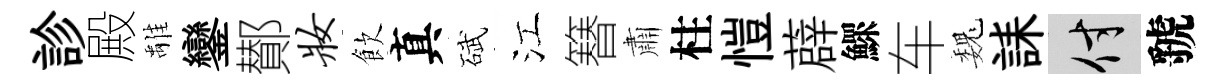
診殿𩀌鑾鄼妆飲真碔江簮肅柱愷薜鰥车巍誄付虢